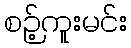
စဉ့်ကူးမင်း